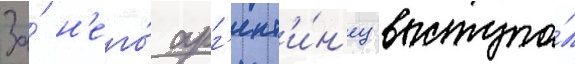
За́ н'его́ арг'ент'и́н'ец выступа́л